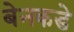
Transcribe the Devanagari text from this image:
बेनकडे